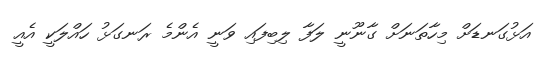
އަޅުގަނޑަށް މިހާތަނަށް ގާނޫނީ ލަފާ ލިބިފައި ވަނީ އެންމެ ރަނގަޅު ހައްލަކީ އެއީ